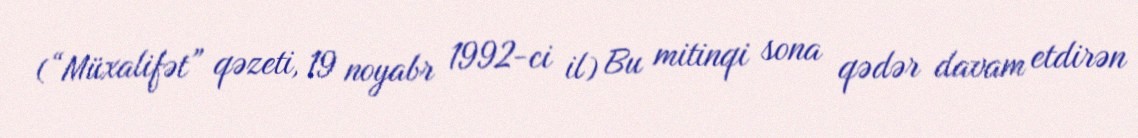
(“Müxalifət” qəzeti, 19 noyabr 1992-ci il) Bu mitinqi sona qədər davam etdirən